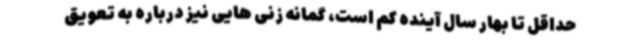
حداقل تا بهار سال آینده کم است، گمانه زنی هایی نیز درباره به تعویق